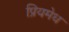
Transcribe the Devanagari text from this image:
प्रियमेध